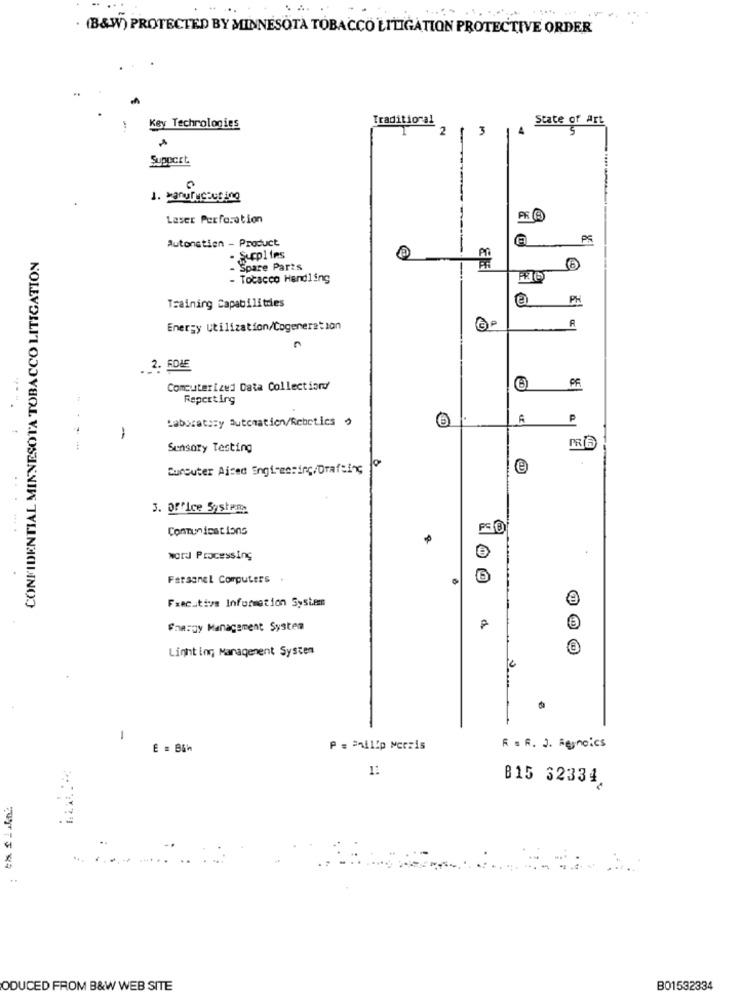
. (B&W) PROTECTED BY MINNESOTA TOBACCO LITIGATION PROTECTIVE ORDER
Traditional
State of Art
Key Technologies
2
3
5
Support
1. Manufacturing
Laser Perforation
Autonstien - Product
CONFIDENTIAL MINNESOTA TOBACCO LITIGATION
- Supplies
Spare Parts
- Točacco Handling
PH
Training Capabilities
R
Energy Utilization/Cogeneration
GP
. 2. SOME
PF
Computerized Data Collectiond'
Repciting
Laboratory automation/Rebetics
P
-
Sensory Testing
Burouter Aised Engt-gering/Drafting
3. Office System
Communications
word Processing
Farsanel Computers .
Frecutive Information System
Shargy Management System
Lighting Management System
1
P = = nilip Morris
R = R. J . Regnoics
1:
B15 32334
ODUCED FROM B&W WEB SITE
B01532334